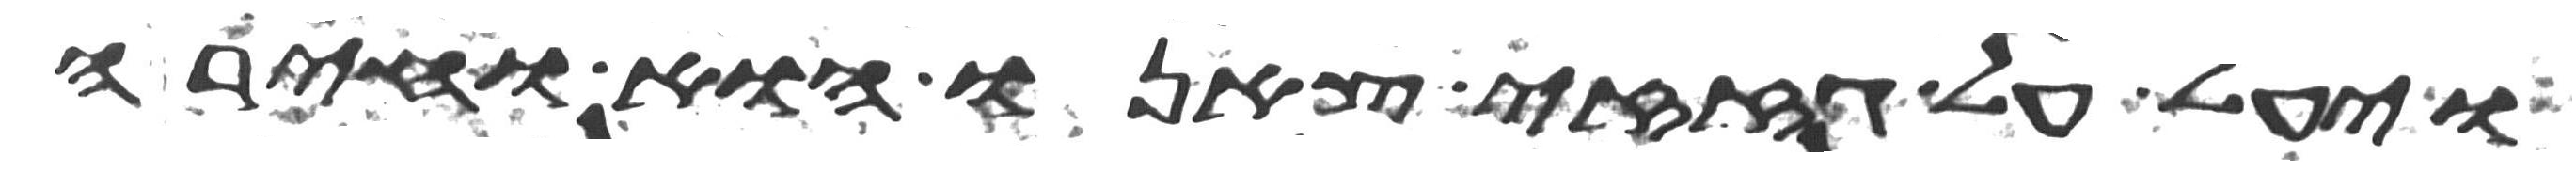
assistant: ויעל אל גזזי צאנו הוא וחירה